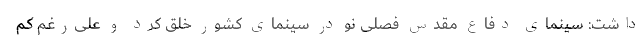
داشت: سینمای دفاع مقدس فصلی نو در سینمای کشور خلق کرد و علی‌رغم کم